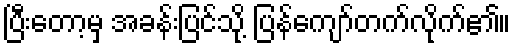
ပြီးတော့မှ အခန်းပြင်သို့ ပြန်ကျော်တက်လိုက်၏။